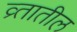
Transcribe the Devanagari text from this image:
व्र्तातील